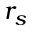
r _ { s }